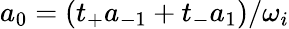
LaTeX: a_{0}=(t_{+}a_{-1}+t_{-}a_{1})/\omega_{i}